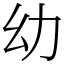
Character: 幼